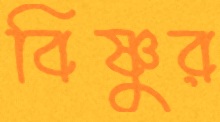
বিষ্ণুর